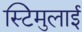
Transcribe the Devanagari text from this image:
स्टिमुलाई